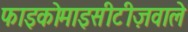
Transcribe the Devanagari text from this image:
फाइकोमाइसीटीज़वाले